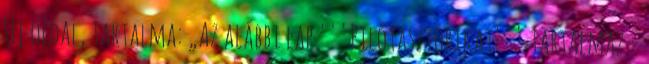
Új oldal, tartalma: „Az alábbi lap '''Pilótasztorikat''' tartalmaz -